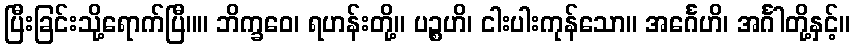
ပြီးခြင်းသို့ရောက်ပြီ။။ ဘိက္ခဝေ၊ ရဟန်းတို့။ ပဉ္စဟိ၊ ငါးပါးကုန်သော။ အင်္ဂေဟိ၊ အင်္ဂါတို့နှင့်။